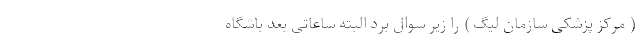
( مرکز پزشکی سازمان لیگ ) را زیر سوال برد البته ساعاتی بعد باشگاه